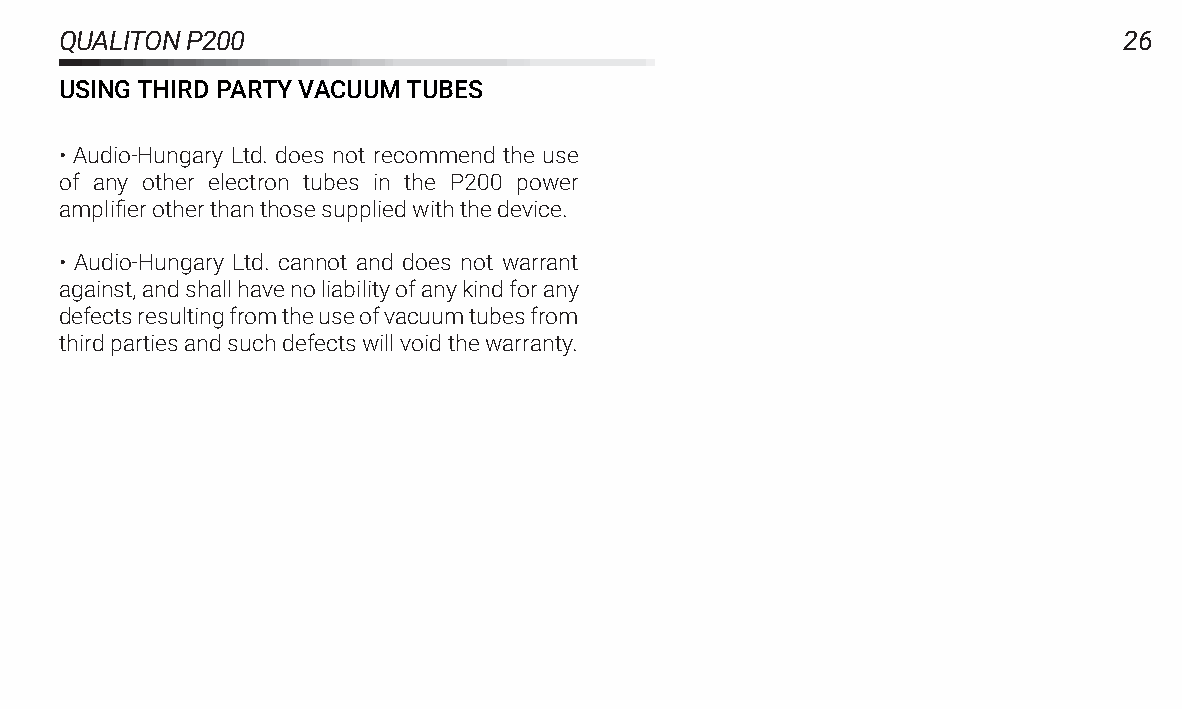
QUALITONP200                                                          26
 USINGTHIRDPARTYVACUUMTUBES
 • Audio-Hungary Ltd. does not recommend the use
 of any other electron tubes in the P200 power
 amplifierotherthanthosesuppliedwiththedevice.
 • Audio-Hungary Ltd. cannot and does not warrant
 against,andshallhavenoliabilityofanykindforany
 defectsresultingfromtheuseofvacuumtubesfrom
 thirdpartiesandsuchdefectswillvoidthewarranty.